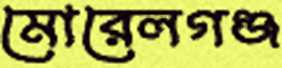
মোরেলগঞ্জ